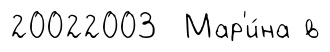
20022003 Мар'и́на в